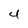
Character: 4